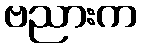
ဗညားက